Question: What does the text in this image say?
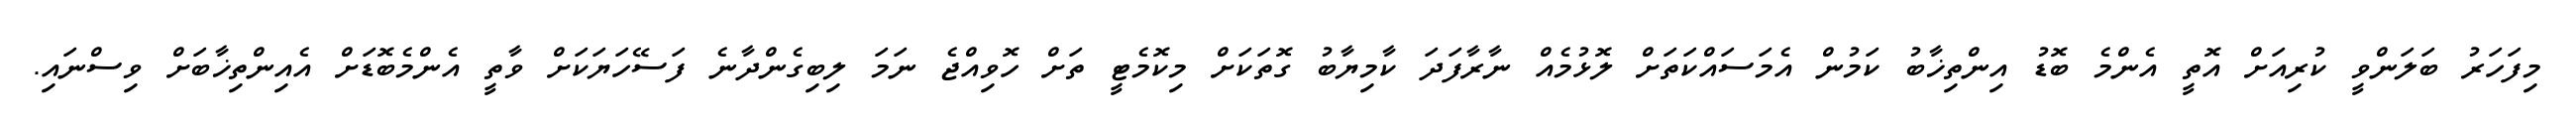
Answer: މިފަހަރު ބަލަންވީ ކުރިއަށް އޮތީ އެންމެ ބޮޑު އިންތިޚާބު ކަމުން އެމަސައްކަތަށް ލޮޅުމެއް ނާރާފަދަ ކާމިޔާބު ގޮތަކަށް މިކޮމެޓީ ތަށް ހޮވިއްޖެ ނަމަ ލިބިގެންދާނެ ފަސޭހަޔަކަށް ވާތީ އެންމެބޮޑަށް އެއިންތިޚާބަށް ވިސްނައި.